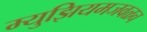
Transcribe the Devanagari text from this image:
म्युझियमजवळच